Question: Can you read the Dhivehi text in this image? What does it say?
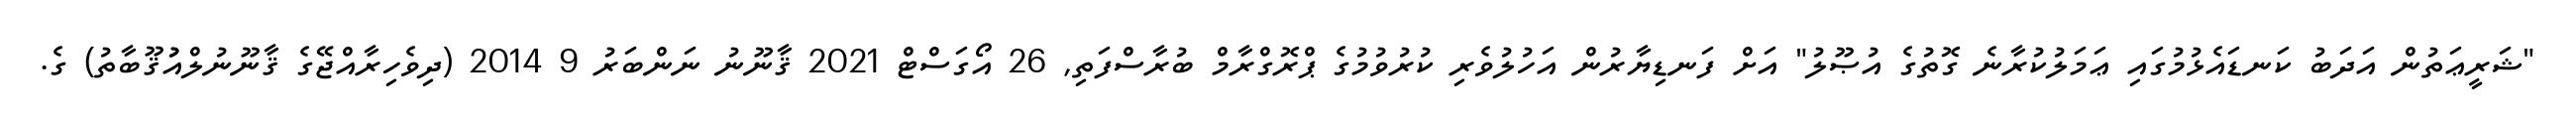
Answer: "ޝަރީޢަތުން އަދަބު ކަނޑައެޅުމުގައި ޢަމަލުކުރާނެ ގޮތުގެ އުޞޫލު" އަށް ފަނޑިޔާރުން އަހުލުވެރި ކުރުވުމުގެ ޕްރޮގްރާމް ބުރާސްފަތި, 26 އޯގަސްޓް 2021 ޤާނޫނު ނަންބަރު 9 2014 (ދިވެހިރާއްޖޭގެ ޤާނޫނުލްއުުޤޫބާތު) ގެ.